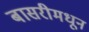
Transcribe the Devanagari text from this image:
बासरीमधून